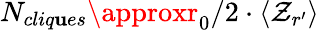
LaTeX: N_{cliq\mathbf{u}es}\approxr_{0}/2\cdot\langle\mathcal{Z}_{r^{\prime}}\rangle